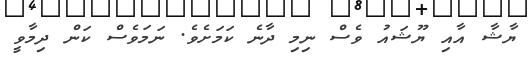
ޔާޝާ އާއި ޔޫޝައު ވެސް ނިމި ދާނެ ކަމަށެވެ. ނަމަވެސް ކަން ދިމާވީ